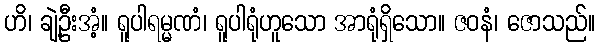
ဟိ၊ ချဲ့ဦးအံ့။ ရူပါရမ္မဏံ၊ ရူပါရုံဟူသော အာရုံရှိသော။ ဇဝနံ၊ ဇောသည်။